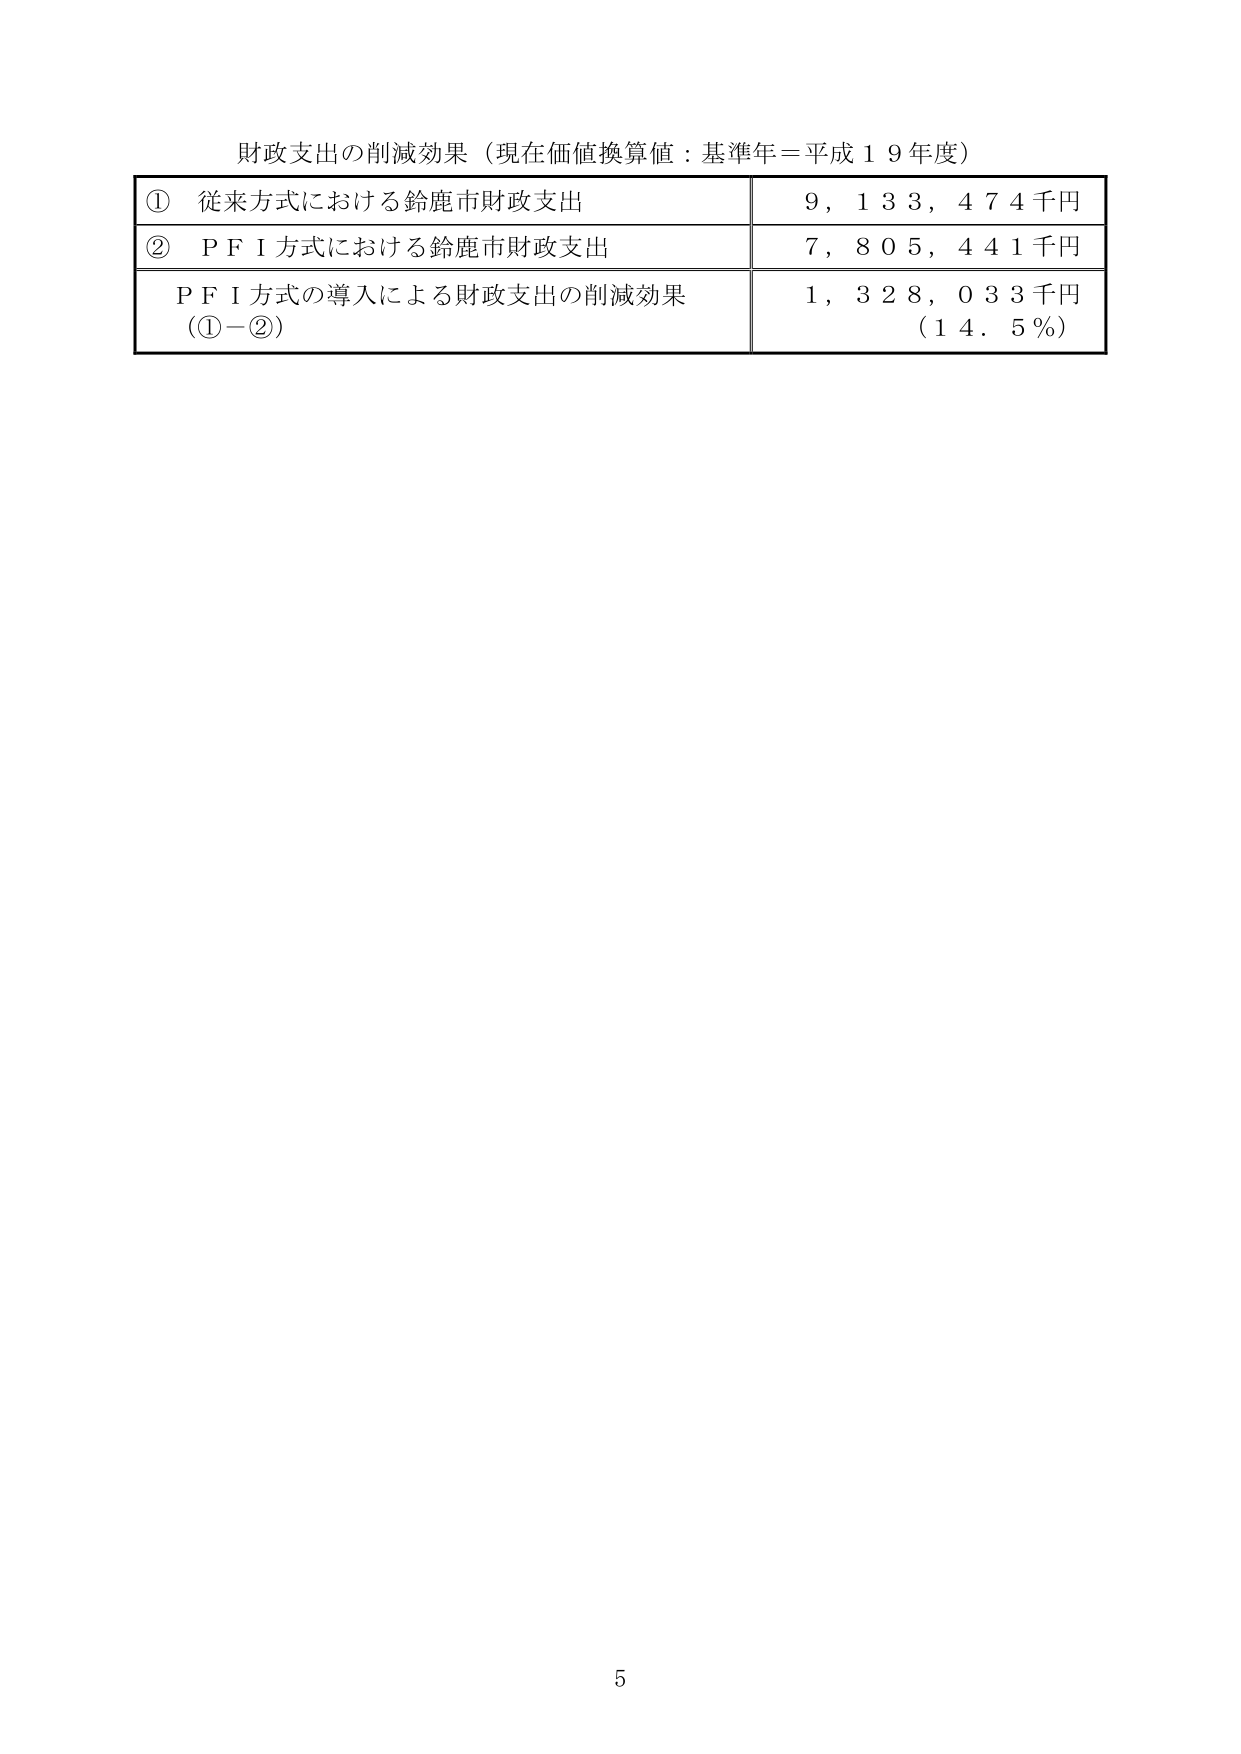
財政支出の削減効果（現在価値換算値：基準年＝平成１９年度）

① 従来方式における鈴鹿市財政支出　　　　　　　９，１３３，４７４千円
② ＰＦＩ方式における鈴鹿市財政支出　　　　　　７，８０５，４４１千円
　ＰＦＩ方式の導入による財政支出の削減効果　　　１，３２８，０３３千円
　（①－②）　　　　　　　　　　　　　　　　　　（１４．５％）

5